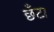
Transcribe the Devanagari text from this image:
छँटा